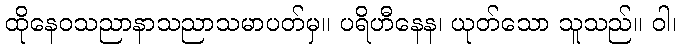
ထိုနေဝသညာနာသညာသမာပတ်မှ။ ပရိဟီနေန၊ ယုတ်သော သူသည်။ ဝါ၊